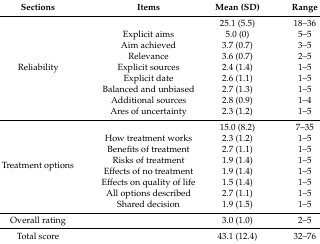
<table><thead><tr><td><b>Sections</b></td><td><b>Items</b></td><td><b>Mean (SD)</b></td><td><b>Range</b></td></tr></thead><tbody><tr><td rowspan="9">Reliability</td><td></td><td>25.1 (5.5)</td><td>18–36</td></tr><tr><td>Explicit aims</td><td>5.0 (0)</td><td>5–5</td></tr><tr><td>Aim achieved</td><td>3.7 (0.7)</td><td>3–5</td></tr><tr><td>Relevance</td><td>3.6 (0.7)</td><td>2–5</td></tr><tr><td>Explicit sources</td><td>2.4 (1.4)</td><td>1–5</td></tr><tr><td>Explicit date</td><td>2.6 (1.1)</td><td>1–5</td></tr><tr><td>Balanced and unbiased</td><td>2.7 (1.3)</td><td>1–5</td></tr><tr><td>Additional sources</td><td>2.8 (0.9)</td><td>1–4</td></tr><tr><td>Ares of uncertainty</td><td>2.3 (1.2)</td><td>1–5</td></tr><tr><td rowspan="8">Treatment options</td><td></td><td>15.0 (8.2)</td><td>7–35</td></tr><tr><td>How treatment works</td><td>2.3 (1.2)</td><td>1–5</td></tr><tr><td>Benefits of treatment</td><td>2.7 (1.1)</td><td>1–5</td></tr><tr><td>Risks of treatment</td><td>1.9 (1.4)</td><td>1–5</td></tr><tr><td>Effects of no treatment</td><td>1.9 (1.4)</td><td>1–5</td></tr><tr><td>Effects on quality of life</td><td>1.5 (1.4)</td><td>1–5</td></tr><tr><td>All options described</td><td>2.7 (1.1)</td><td>1–5</td></tr><tr><td>Shared decision</td><td>1.9 (1.5)</td><td>1–5</td></tr><tr><td>Overall rating</td><td></td><td>3.0 (1.0)</td><td>2–5</td></tr><tr><td>Total score</td><td></td><td>43.1 (12.4)</td><td>32–76</td></tr></tbody></table>